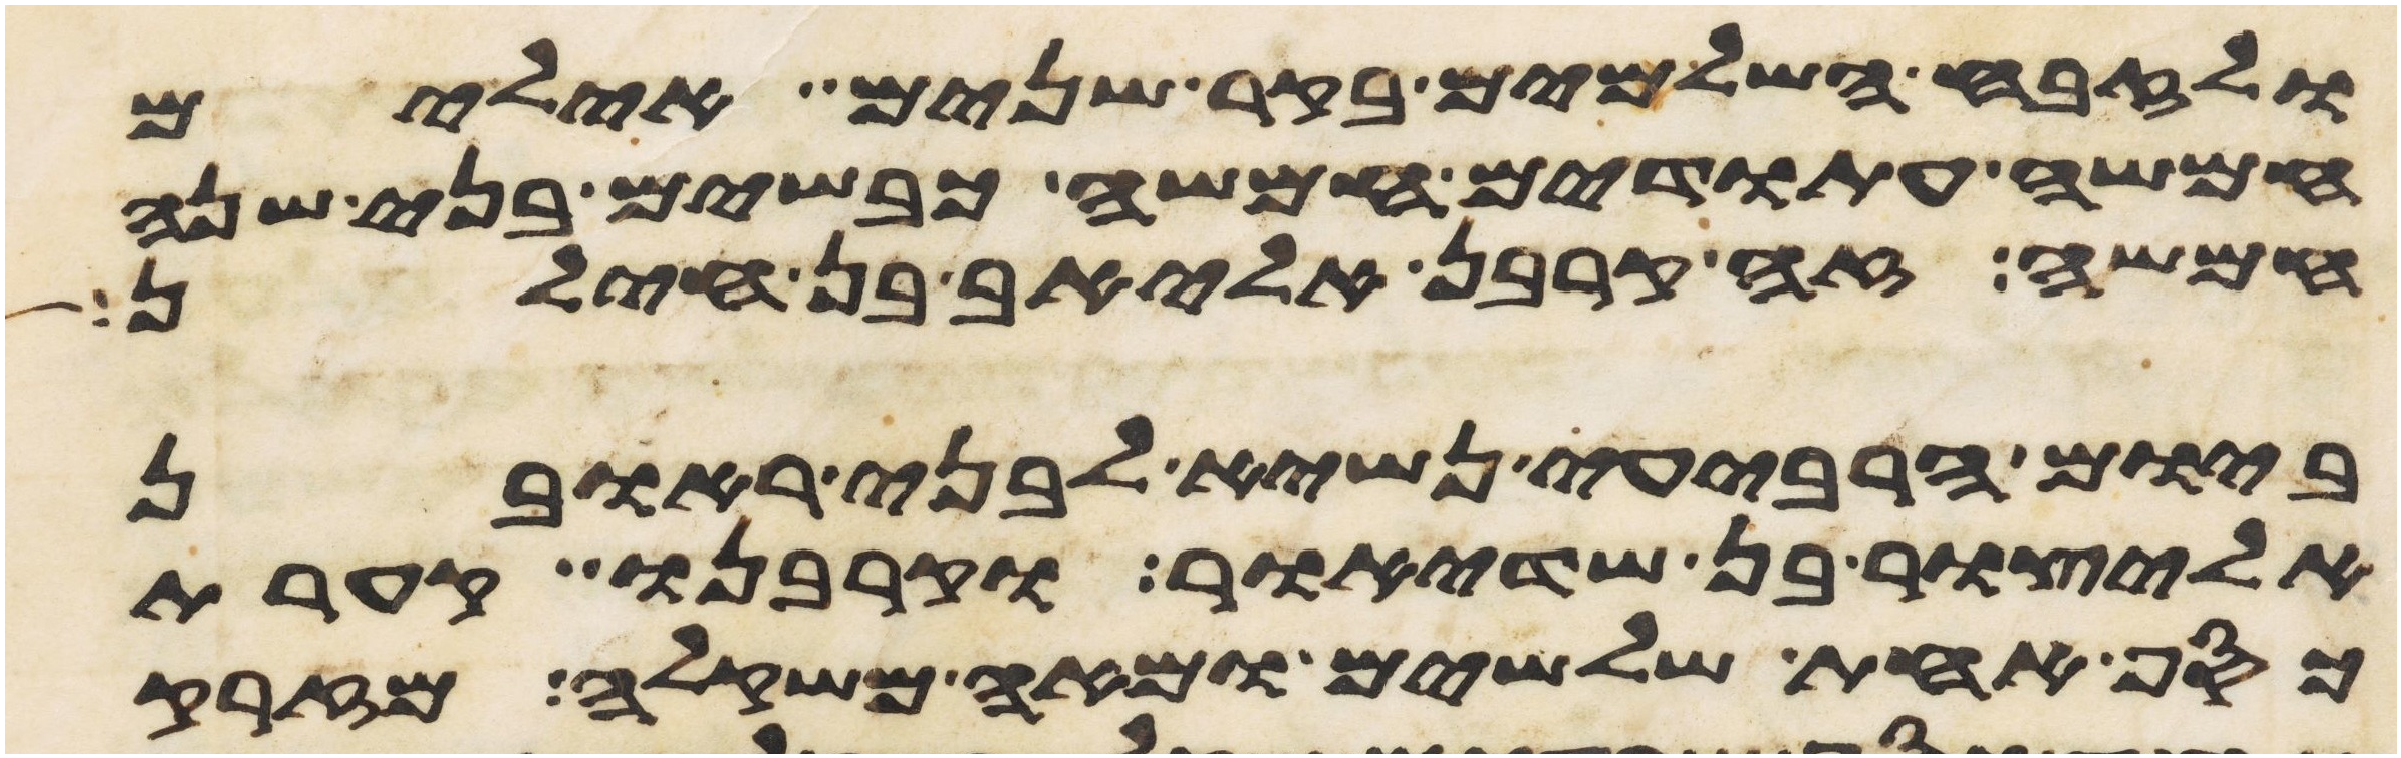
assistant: ולזבח השלמים בקר שנים אילים
חמשה עתודים חמשה כבשים בני שנה
חמשה זה קרבן אליאב בן חילן
ביום הרביעי נשיא לבני ראובן
אליצור בן שדיאור וקרבנו קערת
כסף אחת שלשים ומאה משקלה מזרק